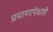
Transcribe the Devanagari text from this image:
प्रमाणापेक्षाही